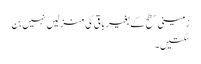
زمینی سطح کے بغیر باقی کی منزلیں نہیں بن
سکتیں۔